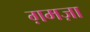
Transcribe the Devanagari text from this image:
ग़मज़ा